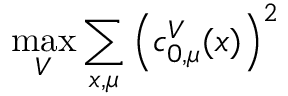
\operatorname * { m a x } _ { V } \sum _ { x , \mu } \left( c _ { 0 , \mu } ^ { V } ( x ) \right) ^ { 2 }